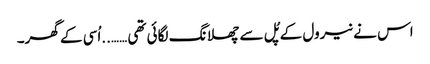
اس نے نیرول کے پُل سے چھلانگ لگائی تھی ……..اُسی کے گھر۔